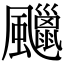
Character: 𩙑